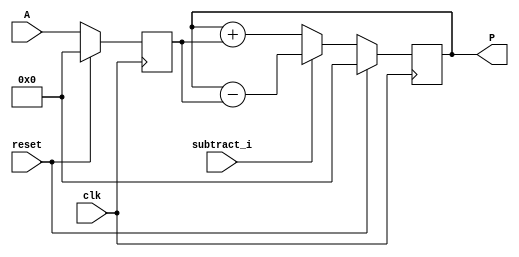
module carry_infer (clk, reset, subtract_i, A, P);
	input clk, reset, subtract_i;
	input signed [16:0] A;
	output reg signed [16:0] P;

	reg signed [16:0] i1;
	reg signed [16:0] mul, add_or_sub;

	always @(posedge clk) begin
		if(reset == 1) begin
			i1 <= 0;
		end
		else begin
			i1 <= A;
		end
	end
	always @(posedge clk) begin
		if (reset ==1 )
			P <= 0;
		else 
			P<= add_or_sub;

	end

	always @ (*)  begin
		if (subtract_i)
			add_or_sub = P - i1;
		else
			add_or_sub = P + i1;
	end
endmodule